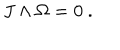
J \wedge \Omega = 0 \ .